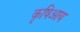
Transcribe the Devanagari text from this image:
कृषिआय